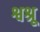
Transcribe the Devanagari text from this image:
श्वश्रू